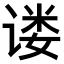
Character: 𫍴